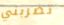
تضربني